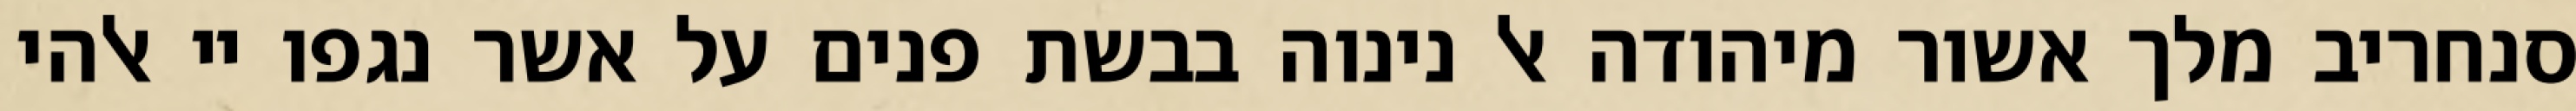
סנחריב מלך אשור מיהודה אל נינוה בבשת פנים על אשר נגפו יי אלהי